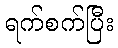
ရက်စက်ပြီး